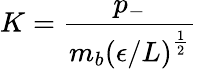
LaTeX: K=\frac{p_{-}}{m_{b}\left(\epsilon/L\right)^{\frac{1}{2}}}